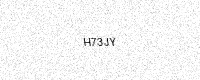
Text: H73JY